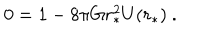
0 = 1 - 8 \pi G r _ { * } ^ { 2 } U ( r _ { * } ) \ .